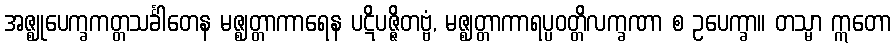
အဇ္ဈုပေက္ခကတ္တသင်္ခါတေန မဇ္ဈတ္တာကာရေန ပဋိပဇ္ဇိတဗ္ဗံ, မဇ္ဈတ္တာကာရပ္ပဝတ္တိလက္ခဏာ စ ဥပေက္ခာ။ တသ္မာ ဣတော